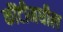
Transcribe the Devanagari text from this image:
कौंटीमधील